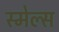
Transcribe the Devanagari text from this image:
स्‍मेल्‍स